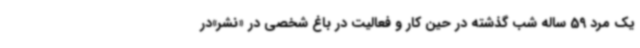
یک مرد 59 ساله شب گذشته در حین کار و فعالیت در باغ شخصی در «نشر»در